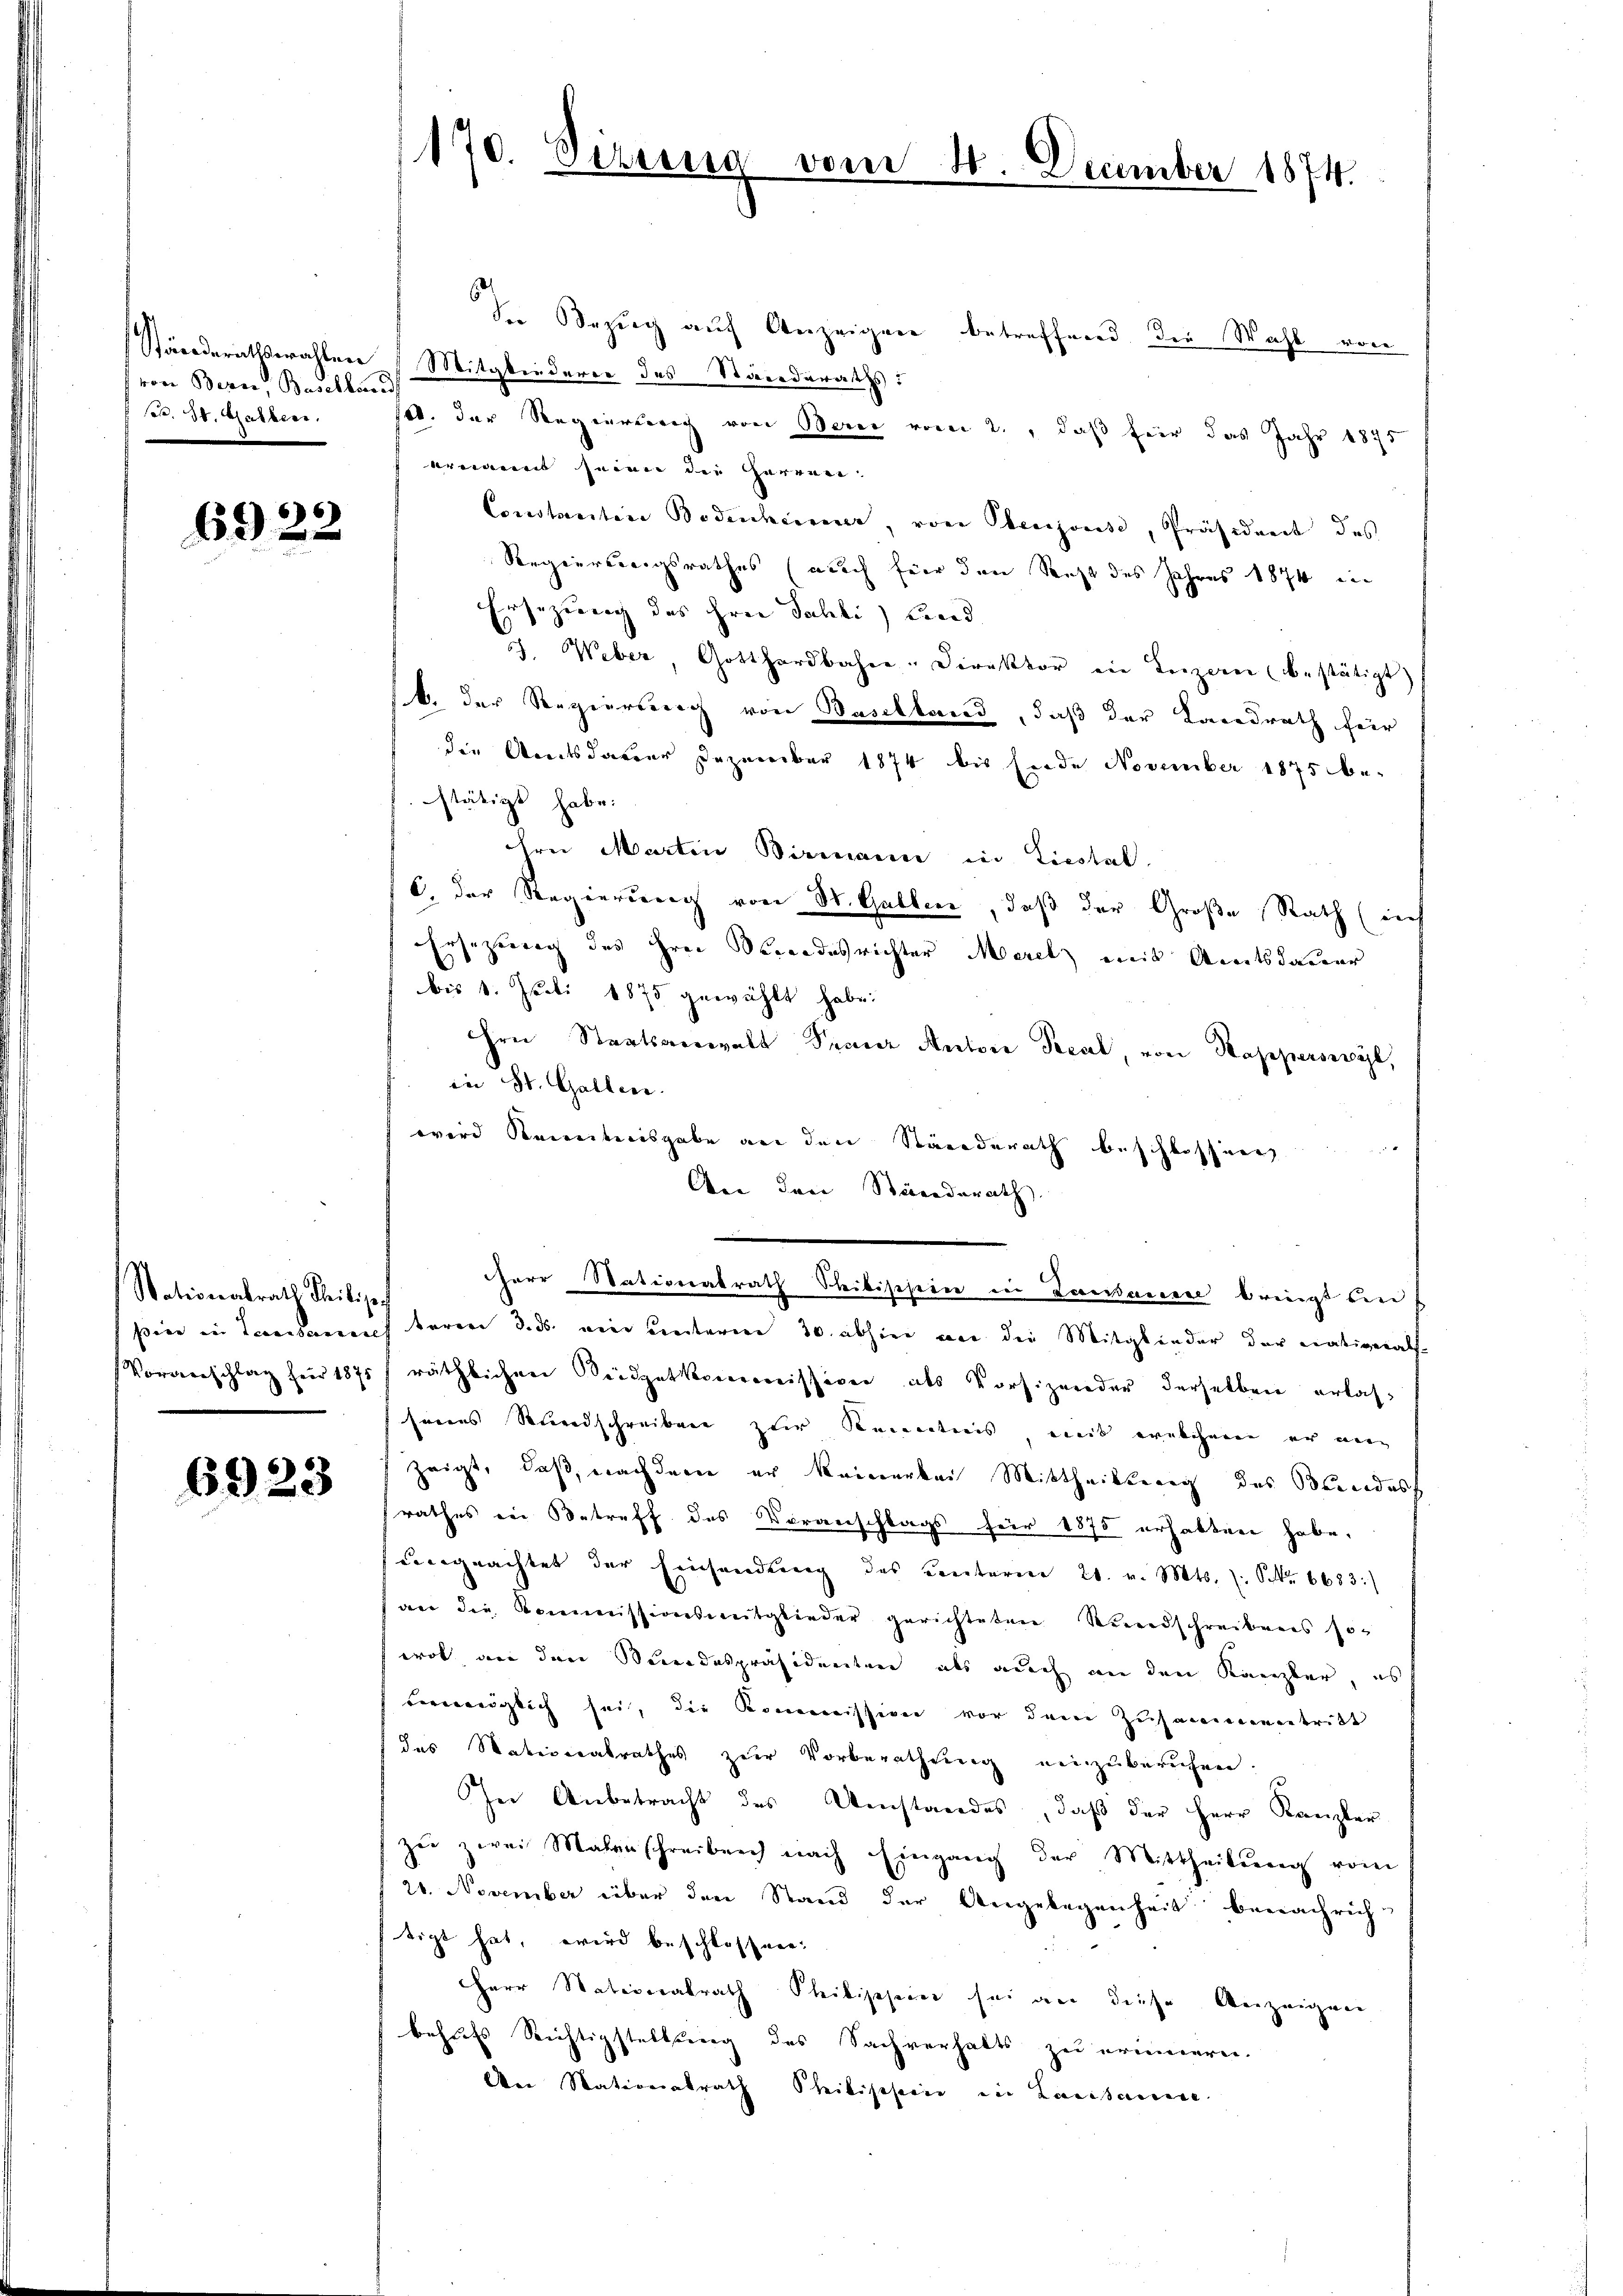
von Bern, Baselland
Nr. 30. Galler.

6922

Nationalrath Theilige

6923

Sn Bezug auf Anzeigen betreffend die Wahl von
Ständerathswahlen Mitgliederer des Standeraths:
14. der Regierung von Berei vom 2., daß für das Jahr 1875
ernannt seien die Herren
Constantine Bodenheimer, von Perjouise, Präsident des
Regierungsrathes (auch für den Steht des Jahres 1874 in
Ersezung des Hrn. Sahli) Lind
J. Weber, Gotthardbahre Direktor ein Leizerei bestätigt)
b. der Regierung von Baselland, daß der Landrath für
die Amtsdauer Dezember 1874 bis fernde November 1875 be-
stätigt habe.
dre Martin Birmann in Liestal
C. der Regierung von St. Gallen, daß der Große Rath (in
Ersezung des Hrn. Verordesrichter Morel mit Amtsdauer
bis 1. Juli 1875 gewählt habe.
ihre Staatsanwalt Franz Autore Pecal, von Kapperswyl,
in St. Gallen.
wird Kenntnisgabe an den Ständerath beschlossen
An den Ständerath
herr Stationalrath Steibischein in Zawaren bringt den
pier in Lausannes baren 3. ds. ein unterm 30. abhin an die Mitglieder der natigerats¬
Vorverschlag für 1875 räthlichen Büdgetkommission als Vorsizender derselben erlas-
seines Stundschreiben zur Kenntnis mit welchenen er ni
zeigt, daß, nachdem er keinerbei Mittheilterig des Bereides
rathes in Betreff des Voranschlags für 1875 erhalten habe,
uungeachtet der Einsendung des unterm 21. v. Mts. S. 6683:
wer die Kommissionsmitglieder gerichteten Rundschreibens so-
wol an den Bundespräsidenten, als auch an den Kanzler, es
bmöglich sei, die Kommission vor dem Zusammentritt
das Materialrathes zur Vorberathung einzuberuhen.
In Anbetracht des Umstandes, daß der Herr Kanzler
zu zwei Malerschreiben nach Eingang der Mittheilung vom
21. November über den Stand der Angelegenheit benachrich
tigt hat, wird beschlossen:
Herr Nationalrath Philipphier sei an diese Anzeigen
behufs Richtigstellung des Sachverhalts zu erinnern.
Der Nationalrath Schilisterie in Lausanne

170. Sizung von

d

December 1874.